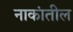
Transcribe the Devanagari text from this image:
नाकांतील